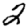
Digit: 2